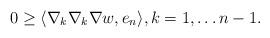
LaTeX: \begin{align*}0 \geq \langle \nabla_k\nabla_k \nabla w, e_n\rangle, k=1,\ldots n-1.\end{align*}